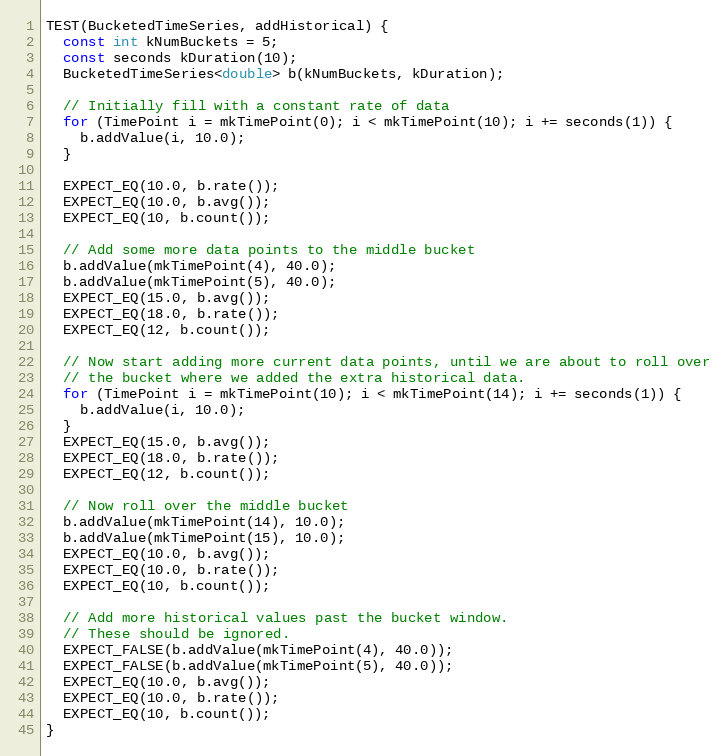
Language: C++
TEST(BucketedTimeSeries, addHistorical) {
  const int kNumBuckets = 5;
  const seconds kDuration(10);
  BucketedTimeSeries<double> b(kNumBuckets, kDuration);

  // Initially fill with a constant rate of data
  for (TimePoint i = mkTimePoint(0); i < mkTimePoint(10); i += seconds(1)) {
    b.addValue(i, 10.0);
  }

  EXPECT_EQ(10.0, b.rate());
  EXPECT_EQ(10.0, b.avg());
  EXPECT_EQ(10, b.count());

  // Add some more data points to the middle bucket
  b.addValue(mkTimePoint(4), 40.0);
  b.addValue(mkTimePoint(5), 40.0);
  EXPECT_EQ(15.0, b.avg());
  EXPECT_EQ(18.0, b.rate());
  EXPECT_EQ(12, b.count());

  // Now start adding more current data points, until we are about to roll over
  // the bucket where we added the extra historical data.
  for (TimePoint i = mkTimePoint(10); i < mkTimePoint(14); i += seconds(1)) {
    b.addValue(i, 10.0);
  }
  EXPECT_EQ(15.0, b.avg());
  EXPECT_EQ(18.0, b.rate());
  EXPECT_EQ(12, b.count());

  // Now roll over the middle bucket
  b.addValue(mkTimePoint(14), 10.0);
  b.addValue(mkTimePoint(15), 10.0);
  EXPECT_EQ(10.0, b.avg());
  EXPECT_EQ(10.0, b.rate());
  EXPECT_EQ(10, b.count());

  // Add more historical values past the bucket window.
  // These should be ignored.
  EXPECT_FALSE(b.addValue(mkTimePoint(4), 40.0));
  EXPECT_FALSE(b.addValue(mkTimePoint(5), 40.0));
  EXPECT_EQ(10.0, b.avg());
  EXPECT_EQ(10.0, b.rate());
  EXPECT_EQ(10, b.count());
}